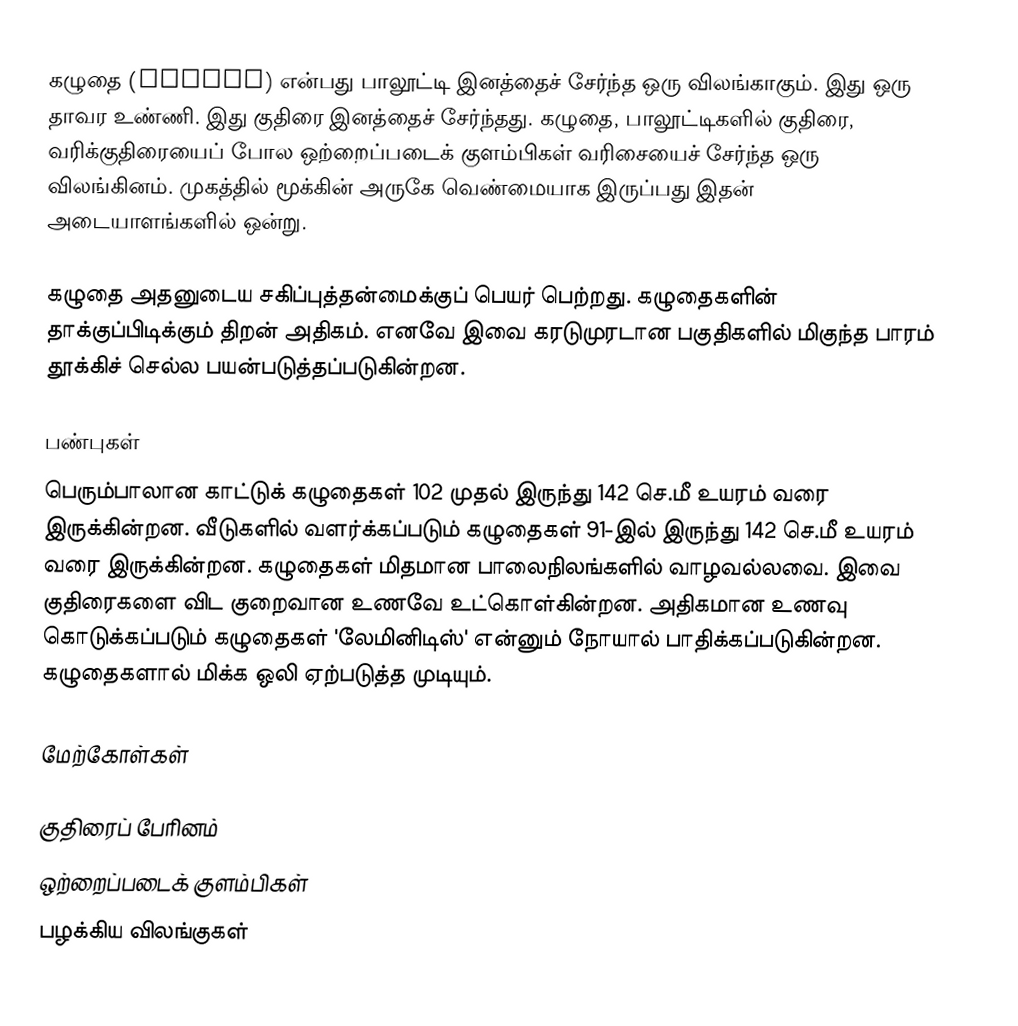
கழுதை (Donkey) என்பது பாலூட்டி இனத்தைச் சேர்ந்த ஒரு விலங்காகும். இது ஒரு தாவர உண்ணி. இது குதிரை இனத்தைச் சேர்ந்தது. கழுதை, பாலூட்டிகளில் குதிரை, வரிக்குதிரையைப் போல ஒற்றைப்படைக் குளம்பிகள் வரிசையைச் சேர்ந்த ஒரு விலங்கினம். முகத்தில் மூக்கின் அருகே வெண்மையாக இருப்பது இதன் அடையாளங்களில் ஒன்று.

கழுதை அதனுடைய சகிப்புத்தன்மைக்குப் பெயர் பெற்றது. கழுதைகளின் தாக்குப்பிடிக்கும் திறன் அதிகம். எனவே இவை கரடுமுரடான பகுதிகளில் மிகுந்த பாரம் தூக்கிச் செல்ல பயன்படுத்தப்படுகின்றன.

பண்புகள்
பெரும்பாலான காட்டுக் கழுதைகள் 102 முதல் இருந்து 142 செ.மீ உயரம் வரை இருக்கின்றன. வீடுகளில் வளர்க்கப்படும் கழுதைகள் 91-இல் இருந்து 142 செ.மீ உயரம் வரை இருக்கின்றன. கழுதைகள் மிதமான பாலைநிலங்களில் வாழவல்லவை. இவை குதிரைகளை விட குறைவான உணவே உட்கொள்கின்றன. அதிகமான உணவு கொடுக்கப்படும் கழுதைகள் 'லேமினிடிஸ்' என்னும் நோயால் பாதிக்கப்படுகின்றன. கழுதைகளால் மிக்க ஒலி ஏற்படுத்த முடியும்.

மேற்கோள்கள்

குதிரைப் பேரினம்
ஒற்றைப்படைக் குளம்பிகள்
பழக்கிய விலங்குகள்